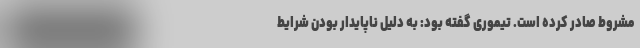
مشروط صادر کرده است. تیموری گفته بود: به دلیل ناپایدار بودن شرایط